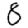
Digit: 8